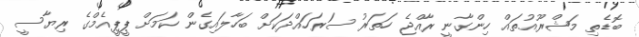
ބޮޑެތި މަޝްރޫއުތައް ހިންގާނީ ރާއްޖެ ހަތަރު ސަރަހައްދަކަށް ބަހާލައިގެން ކަމަށް ޕީޕީއެމްގެ ރިޔާސީ